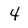
Character: 4